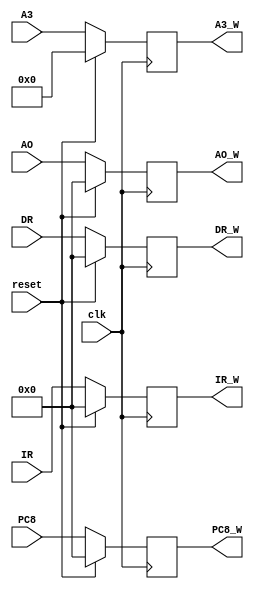
`timescale 1ns / 1ps
//////////////////////////////////////////////////////////////////////////////////
// Company: 
// Engineer: 
// 
// Design Name: 
// Module Name:    Wreg_DM_RF 
// Project Name: 
// Target Devices: 
// Tool versions: 
// Description: 
//
// Dependencies: 
//
// Revision: 
// Revision 0.01 - File Created
// Additional Comments: 
//
//////////////////////////////////////////////////////////////////////////////////
module Wreg_DM_RF(
    input [31:0] IR,
    input [31:0] PC8,
    input [4:0] A3,
    input [31:0] AO,
    input [31:0] DR,
	 input clk,
	 input reset,
    output reg [31:0] IR_W,
    output reg [31:0] PC8_W,
    output reg [4:0] A3_W,
    output reg [31:0] AO_W,
    output reg [31:0] DR_W
    );
	 
	initial begin
		IR_W<=0;
		PC8_W<=0;
		A3_W<=0;
		AO_W<=0;
		DR_W<=0;		
	end
	always @(posedge clk)begin
		if (reset)begin
			IR_W<=0;
			PC8_W<=0;
			A3_W<=0;
			AO_W<=0;
			DR_W<=0;			
		end
		else begin
			IR_W<=IR;
			PC8_W<=PC8;
			A3_W<=A3;
			AO_W<=AO;
			DR_W<=DR;
		end
	end

endmodule